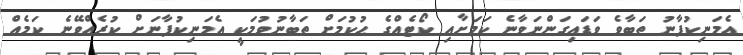
އެމަނިކުފާނު ތަބާވެ ވަޑައިގަންނަވާނެ ކަމަށާއި ކޯޓެއްގެ ޙުކުމަށް ތަބާނުވުމަކީ އެމަނިކުފާނަށް ކުރެއްވޭނެ ކަމެއް